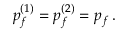
p _ { f } ^ { ( 1 ) } = p _ { f } ^ { ( 2 ) } = p _ { f } \, .